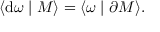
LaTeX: \langle \mathrm { d } \omega \mid M \rangle = \langle \omega \mid \partial M \rangle .